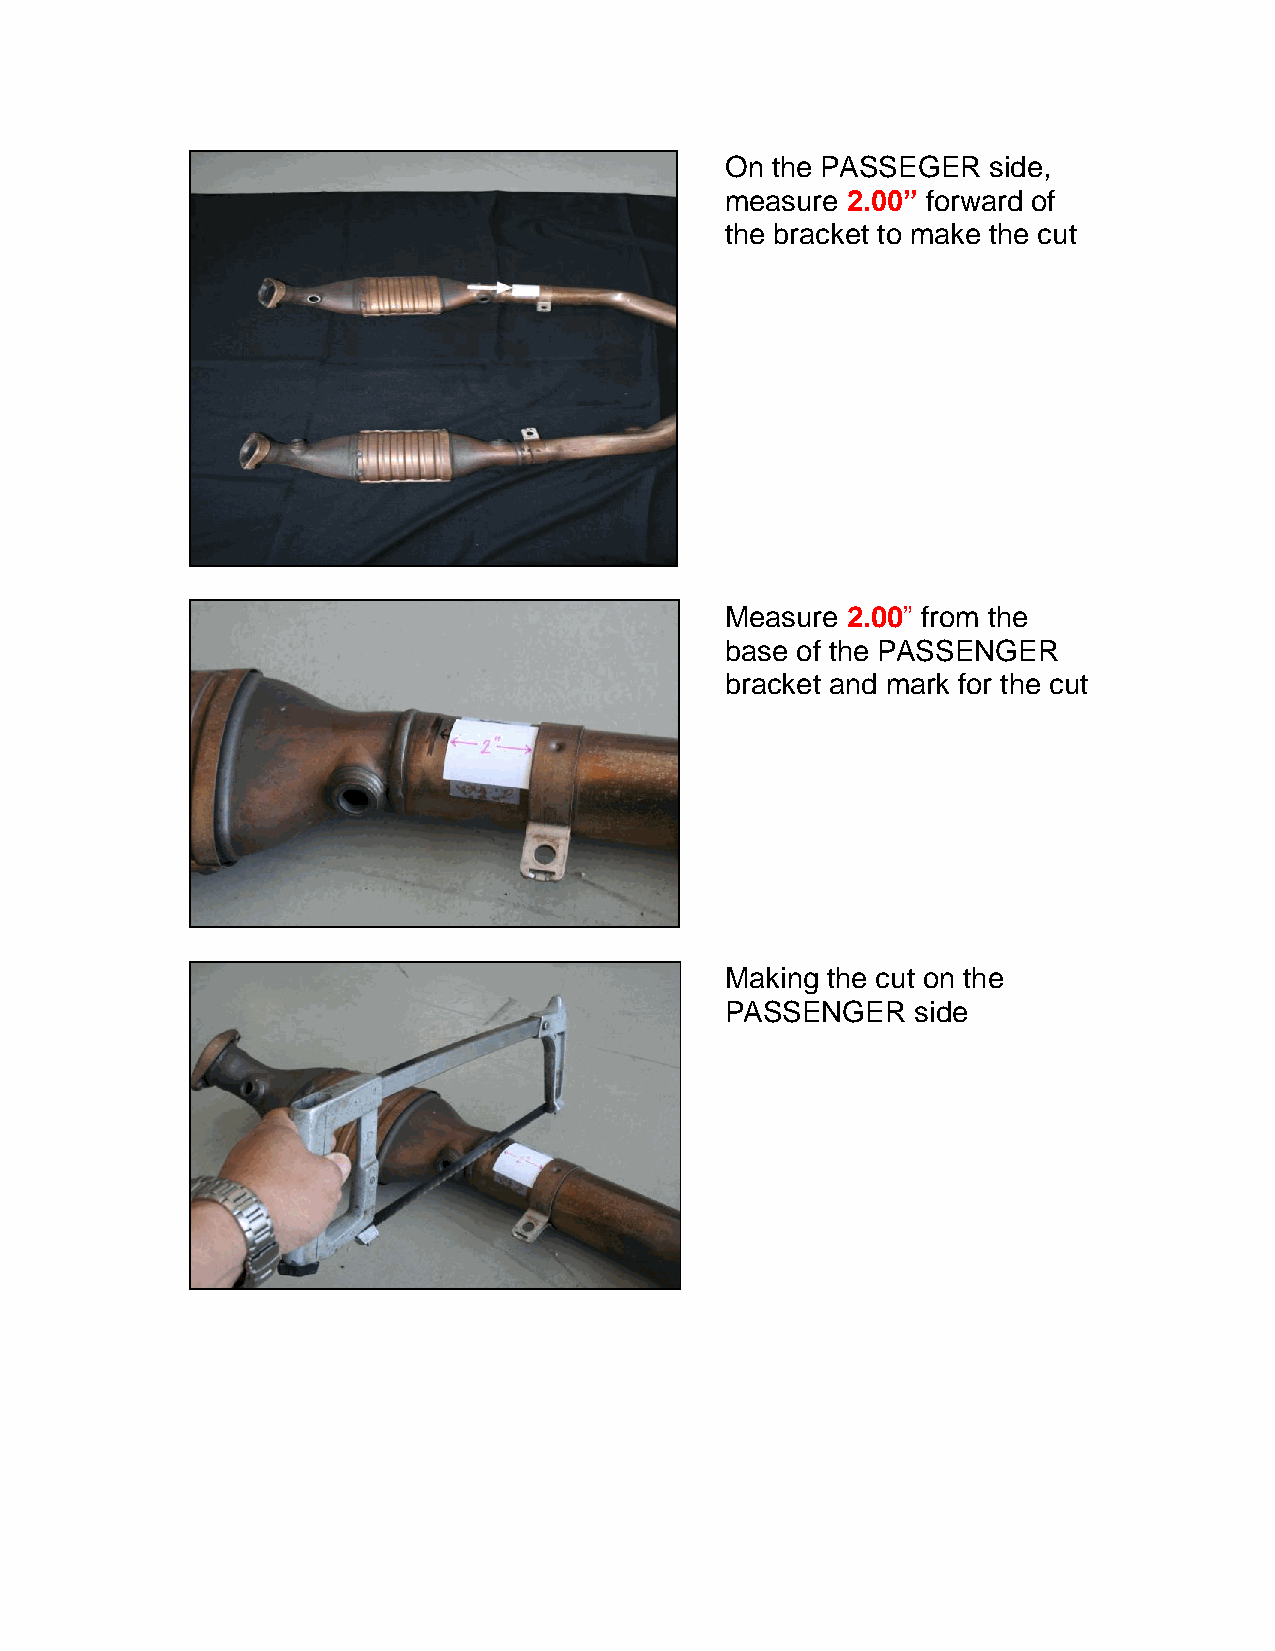
On the PASSEGER  side,
 measure 2.00” forward of
 the bracket to make the cut
 Measure 2.00” from the
 base of the PASSENGER
 bracket and mark for the cut
 Making the cut on the
 PASSENGER    side